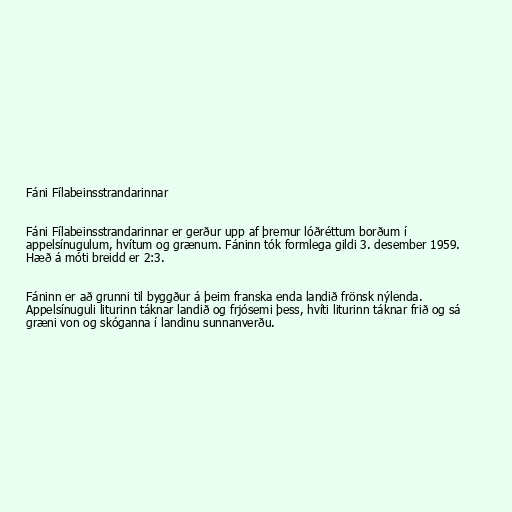
Fáni Fílabeinsstrandarinnar

Fáni Fílabeinsstrandarinnar er gerður upp af þremur lóðréttum borðum í
appelsínugulum, hvítum og grænum. Fáninn tók formlega gildi 3. desember 1959.
Hæð á móti breidd er 2:3.

Fáninn er að grunni til byggður á þeim franska enda landið frönsk nýlenda.
Appelsínuguli liturinn táknar landið og frjósemi þess, hvíti liturinn táknar frið og sá
græni von og skóganna í landinu sunnanverðu.